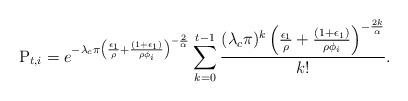
LaTeX: \begin{align*}\mathrm{P}_{t,i} & =e^{-\lambda_c\pi \left( \frac{\epsilon_1}{\rho} +\frac{(1+\epsilon_1)}{\rho \phi_i}\right)^{-\frac{2}{\alpha}}}\sum^{t-1}_{k=0} \frac{(\lambda_c\pi)^{k}\left( \frac{\epsilon_1}{\rho} +\frac{(1+\epsilon_1)}{\rho \phi_i}\right)^{-\frac{2k}{\alpha}}}{k! }.\end{align*}